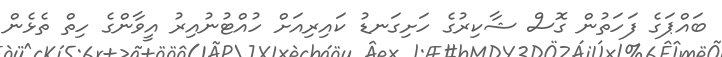
ބައްޕަގެ ފަހަތުން ގޮސް ޝާކިރުގެ ހަށިގަނޑު ކައިރިއަށް ހުއްޓުނުއިރު އީވާންގެ ހިތް ތެޅެން